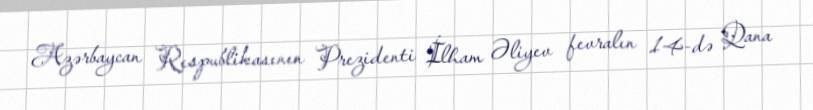
Azərbaycan Respublikasının Prezidenti İlham Əliyev fevralın 14-də Qana